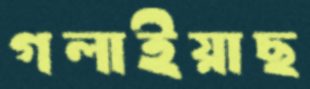
গলাইয়াছ